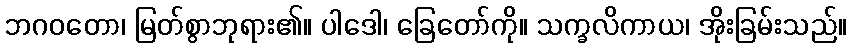
ဘဂဝတော၊ မြတ်စွာဘုရား၏။ ပါဒေါ၊ ခြေတော်ကို။ သက္ခလိကာယ၊ အိုးခြမ်းသည်။